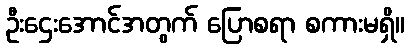
ဦးဌေးအောင်အတွက် ပြောစရာ စကားမရှိ။